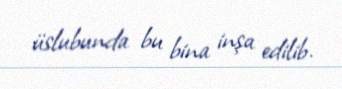
üslubunda bu bina inşa edilib.